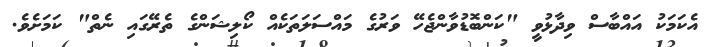
އެކަމަކު އައްބާސް ވިދާޅުވީ "ކަންބޮޑުވާންޖެހޭ ވަރުގެ މައްސަލަތަކެއް ކޯލިޝަންގެ ތެރޭގައި ނެތް" ކަމަށެވެ.